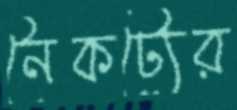
নৈকট্যের